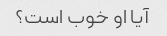
آیا او خوب است؟